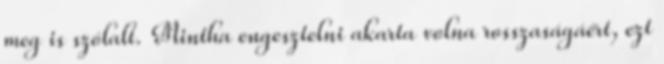
meg is szólalt. Mintha engesztelni akarta volna rosszaságáért, ezt